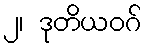
၂၊ ဒုတိယဝဂ်